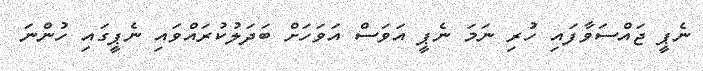
ނެޕީ ޖައްސަވާފައި ހުރި ނަމަ ނެޕީ އަވަސް އަވަހަށް ބަދަލުކުރައްވައި ނެޕީގައި ހުންނަ